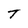
Character: T